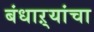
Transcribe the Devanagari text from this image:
बंधाऱ्यांचा